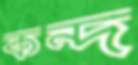
কন্দ